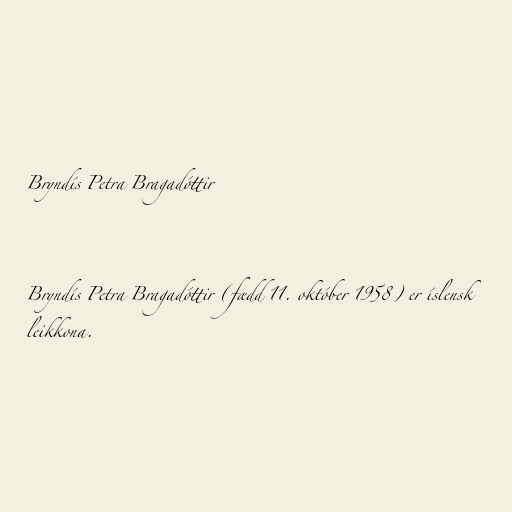
Bryndís Petra Bragadóttir

Bryndís Petra Bragadóttir (fædd 11. október 1958) er íslensk
leikkona.